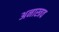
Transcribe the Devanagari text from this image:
अनास्त्रव